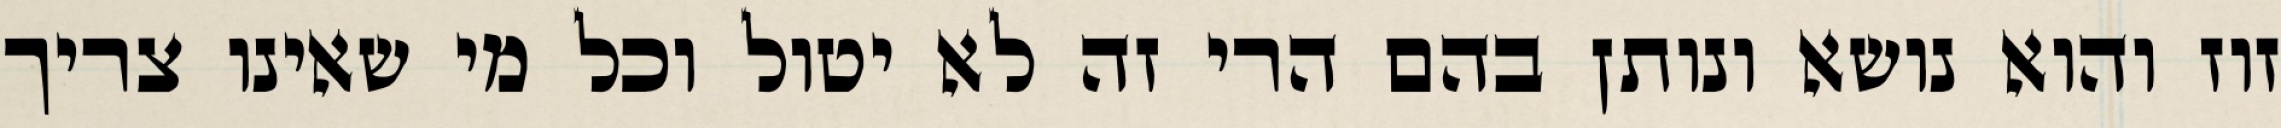
זוז והוא נושא ונותן בהם הרי זה לא יטול וכל מי שאינו צריך